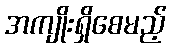
အကျိုးရှိစေမည့်